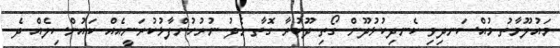
މައުލޫމާތު މުއްސަނދިވި ކެނދިކުޅުދޫން ގޯތި ދޫކުރާ ގޮތާ މެދު ނުރުހުންފާޅުކުރަނީއެއް ކައުންސިލެއް ދެ